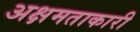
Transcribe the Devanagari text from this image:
अक्षमताकारी